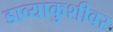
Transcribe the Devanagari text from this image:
डाव्याकुशीवर